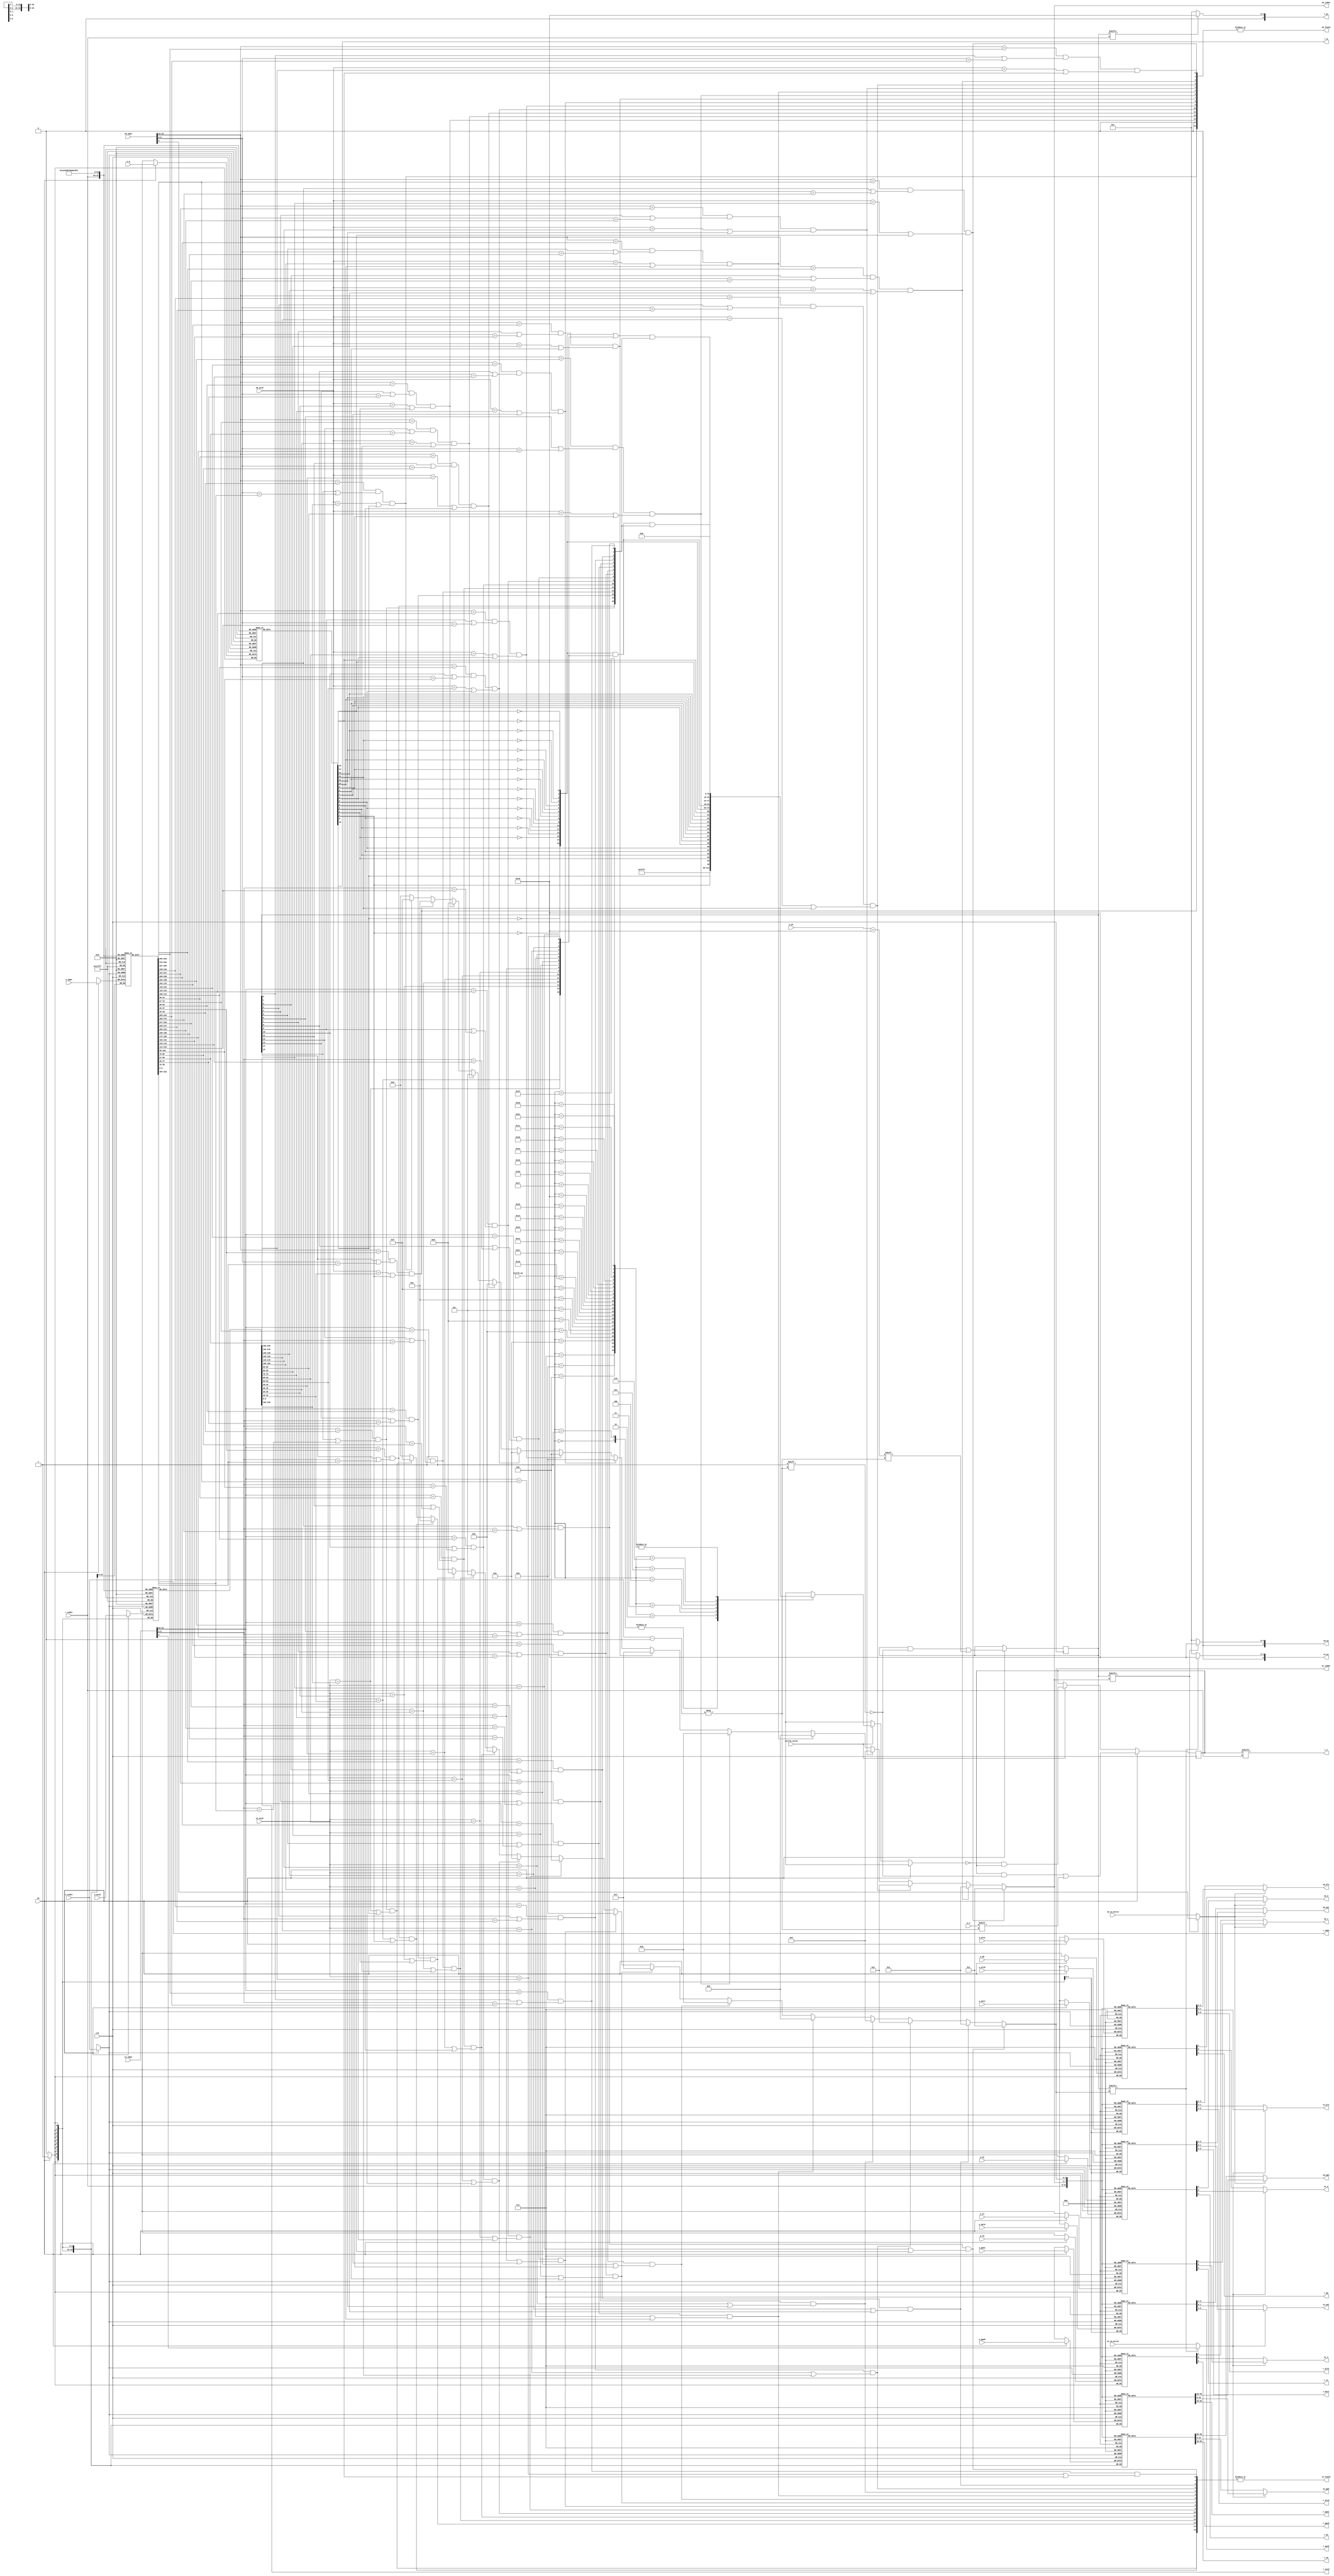
`define TLBNUM 16

module tlb (
    input                       clk,

    // search port 0 (for fetch)
    input  [              18:0] s0_vppn,
    input                       s0_va_bit12, //top
    input  [               9:0] s0_asid,
    output                      s0_found,
    output [$clog2(`TLBNUM)-1:0] s0_index,
    output [              19:0] s0_ppn,
    output [               5:0] s0_ps,
    output [               1:0] s0_plv,
    output [               1:0] s0_mat,
    output                      s0_d,
    output                      s0_v,

    // search port 1 (for load/store)
    input  [              18:0] s1_vppn,
    input                       s1_va_bit12,
    input  [               9:0] s1_asid,
    output                      s1_found,
    output [$clog2(`TLBNUM)-1:0] s1_index,
    output [              19:0] s1_ppn,
    output [               5:0] s1_ps,
    output [               1:0] s1_plv,
    output [               1:0] s1_mat,
    output                      s1_d,
    output                      s1_v,

    // invtlb opcode
    input    					invtlb_valid,
    input  [               4:0] invtlb_op,

    // write port
    input                       we, //w(rite) e(nable)
    input  [$clog2(`TLBNUM)-1:0] w_index,
    input                       w_e,
    input  [              18:0] w_vppn,
    input  [               5:0] w_ps, // 22:4MB 12:4KB
    input  [               9:0] w_asid,
    input                       w_g,

    input  [              19:0] w_ppn0,
    input  [               1:0] w_plv0,
    input  [               1:0] w_mat0,
    input                       w_d0,
    input                       w_v0,

    input  [              19:0] w_ppn1,
    input  [               1:0] w_plv1,
    input  [               1:0] w_mat1,
    input                       w_d1,
    input                       w_v1,

    // read port
    input  [$clog2(`TLBNUM)-1:0] r_index,
    output                      r_e,
    output [              18:0] r_vppn,
    output [               5:0] r_ps,
    output [               9:0] r_asid,
    output                      r_g,

    output [              19:0] r_ppn0,
    output [               1:0] r_plv0,
    output [               1:0] r_mat0,
    output                      r_d0,
    output                      r_v0,

    output [              19:0] r_ppn1,
    output [               1:0] r_plv1,
    output [               1:0] r_mat1,
    output                      r_d1,
    output                      r_v1
);

reg [`TLBNUM-1:0] tlb_e;
reg [`TLBNUM-1:0] tlb_ps4MB; //pagesize 1:4MB, 0:4KB

reg [18:0] tlb_vppn [`TLBNUM-1:0];
reg [ 9:0] tlb_asid [`TLBNUM-1:0];
reg        tlb_g    [`TLBNUM-1:0];

reg [19:0] tlb_ppn0 [`TLBNUM-1:0];
reg [ 1:0] tlb_plv0 [`TLBNUM-1:0];
reg [ 1:0] tlb_mat0 [`TLBNUM-1:0];
reg        tlb_d0   [`TLBNUM-1:0];
reg        tlb_v0   [`TLBNUM-1:0];

reg [19:0] tlb_ppn1 [`TLBNUM-1:0];
reg [ 1:0] tlb_plv1 [`TLBNUM-1:0];
reg [ 1:0] tlb_mat1 [`TLBNUM-1:0];
reg        tlb_d1   [`TLBNUM-1:0];
reg        tlb_v1   [`TLBNUM-1:0];

wire [`TLBNUM-1:0] match0;
wire [`TLBNUM-1:0] match1;

wire [`TLBNUM-1:0] cond1;
wire [`TLBNUM-1:0] cond2;
wire [`TLBNUM-1:0] cond3;
wire [`TLBNUM-1:0] cond4;

wire [`TLBNUM-1:0] invtlb_mask [31:0];

wire s0_whichpage;// 
wire s1_whichpage;

///////// Read ////////////
assign r_e    = tlb_e    [r_index];

assign r_vppn = tlb_vppn [r_index];
assign r_ps   = tlb_ps4MB[r_index] ? 6'd22 : 6'd12;
assign r_asid = tlb_asid [r_index];
assign r_g    = tlb_g    [r_index];

assign r_ppn0 = tlb_ppn0 [r_index];
assign r_plv0 = tlb_plv0 [r_index];
assign r_mat0 = tlb_mat0 [r_index];
assign r_d0   = tlb_d0   [r_index];
assign r_v0   = tlb_v0   [r_index];

assign r_ppn1 = tlb_ppn1 [r_index];
assign r_plv1 = tlb_plv1 [r_index];
assign r_mat1 = tlb_mat1 [r_index];
assign r_d1   = tlb_d1   [r_index];
assign r_v1   = tlb_v1   [r_index];

///////// Search //////////

// Match
genvar i;
generate
    for (i = 0; i < `TLBNUM; i = i + 1) begin
        assign match0[i] = (s0_vppn[18:10]==tlb_vppn[i][18:10])
                            && (tlb_ps4MB[i] || s0_vppn[9:0]==tlb_vppn[i][9:0])
                            && ((s0_asid==tlb_asid[i]) || tlb_g[i]);
        assign match1[i] = (s1_vppn[18:10]==tlb_vppn[i][18:10])
                            && (tlb_ps4MB[i] || s1_vppn[9:0]==tlb_vppn[i][9:0])
                            && ((s1_asid==tlb_asid[i]) || tlb_g[i]);
    end
endgenerate

assign s0_found = |match0;
assign s1_found = |match1;

// generate index
assign s0_index =   match0[ 1] ? 4'd1  :
                    match0[ 2] ? 4'd2  :
                    match0[ 3] ? 4'd3  :
                    match0[ 4] ? 4'd4  :
                    match0[ 5] ? 4'd5  :
                    match0[ 6] ? 4'd6  :
                    match0[ 7] ? 4'd7  :
                    match0[ 8] ? 4'd8  :
                    match0[ 9] ? 4'd9  :
                    match0[10] ? 4'd10 :
                    match0[11] ? 4'd11 :
                    match0[12] ? 4'd12 :
                    match0[13] ? 4'd13 :
                    match0[14] ? 4'd14 :
                    match0[15] ? 4'd15 :
                    4'd0; // Default, found0
assign s1_index =   match1[ 1] ? 4'd1  :
                    match1[ 2] ? 4'd2  :
                    match1[ 3] ? 4'd3  :
                    match1[ 4] ? 4'd4  :
                    match1[ 5] ? 4'd5  :
                    match1[ 6] ? 4'd6  :
                    match1[ 7] ? 4'd7  :
                    match1[ 8] ? 4'd8  :
                    match1[ 9] ? 4'd9  :
                    match1[10] ? 4'd10 :
                    match1[11] ? 4'd11 :
                    match1[12] ? 4'd12 :
                    match1[13] ? 4'd13 :
                    match1[14] ? 4'd14 :
                    match1[15] ? 4'd15 :
                    4'd0; // Default, found0

assign s0_whichpage = tlb_ps4MB[s0_index] ? s0_vppn[9] : s0_va_bit12;
assign s0_ps        = tlb_ps4MB[s0_index] ? 6'd22 : 6'd12;
assign s0_ppn       = s0_whichpage ? tlb_ppn1[s0_index] : tlb_ppn0[s0_index];
assign s0_plv       = s0_whichpage ? tlb_plv1[s0_index] : tlb_plv0[s0_index];
assign s0_mat       = s0_whichpage ? tlb_mat1[s0_index] : tlb_mat0[s0_index];
assign s0_d         = s0_whichpage ? tlb_d1  [s0_index] : tlb_d0  [s0_index];
assign s0_v         = s0_whichpage ? tlb_v1  [s0_index] : tlb_v0  [s0_index];


assign s1_whichpage = tlb_ps4MB[s1_index] ? s1_vppn[9] : s1_va_bit12;
assign s1_ps        = tlb_ps4MB[s1_index] ? 6'd22 : 6'd12;
assign s1_ppn       = s1_whichpage ? tlb_ppn1[s1_index] : tlb_ppn0[s1_index];
assign s1_plv       = s1_whichpage ? tlb_plv1[s1_index] : tlb_plv0[s1_index];
assign s1_mat       = s1_whichpage ? tlb_mat1[s1_index] : tlb_mat0[s1_index];
assign s1_d         = s1_whichpage ? tlb_d1  [s1_index] : tlb_d0  [s1_index];
assign s1_v         = s1_whichpage ? tlb_v1  [s1_index] : tlb_v0  [s1_index];

/////////// Write ////////////
always @ (posedge clk) begin
    if (we) begin
        tlb_e      [w_index] <= w_e;
        tlb_ps4MB  [w_index] <= (w_ps == 6'd22);

        tlb_vppn   [w_index] <= w_vppn;
        tlb_asid   [w_index] <= w_asid;
        tlb_g      [w_index] <= w_g;

        tlb_ppn0   [w_index] <= w_ppn0;
        tlb_plv0   [w_index] <= w_plv0;
        tlb_mat0   [w_index] <= w_mat0;
        tlb_d0     [w_index] <= w_d0;
        tlb_v0     [w_index] <= w_v0;

        tlb_ppn1   [w_index] <= w_ppn1;
        tlb_plv1   [w_index] <= w_plv1;
        tlb_mat1   [w_index] <= w_mat1;
        tlb_d1     [w_index] <= w_d1;
        tlb_v1     [w_index] <= w_v1;
    end 
    else if(invtlb_valid)
        tlb_e <= ~invtlb_mask[invtlb_op] & tlb_e; // invtlb
end

/////////////// INVTLB SPECIAL ///////////////

// cond 1~4  P221

generate
    for (i = 0; i < `TLBNUM; i = i + 1) begin
       assign cond1[i] = ~tlb_g[i];
       assign cond2[i] =  tlb_g[i];
       assign cond3[i] = s1_asid == tlb_asid[i];
       assign cond4[i] = (s1_vppn[18:10] == tlb_vppn[i][18:10])&&(tlb_ps4MB[i]||(s1_vppn[9:0] == tlb_vppn[i][9:0]));
    end
endgenerate

assign invtlb_mask[0] = 16'hffff;  
assign invtlb_mask[1] = 16'hffff;
assign invtlb_mask[2] = cond2;
assign invtlb_mask[3] = cond1;
assign invtlb_mask[4] = cond1 & cond3;
assign invtlb_mask[5] = cond1 & cond3 & cond4;
assign invtlb_mask[6] = (cond1|cond3) & cond4;
generate
    for (i = 7; i < 32; i = i + 1)
        assign invtlb_mask[i] = 16'b0;
endgenerate

endmodule